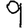
Digit: 9